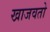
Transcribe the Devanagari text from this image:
खाजवतो